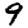
Digit: 9